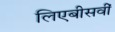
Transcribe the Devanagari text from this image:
लिएबीसवीं